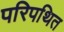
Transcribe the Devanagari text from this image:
परिपथित